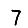
Digit: 7